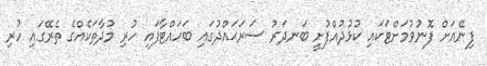
ފިނޭއަށް ފޮނުވުމަށްޓަކައި ކުޅުދުއްފުށީ ބަނދަރު ސަރަޙައްދުގައި ބަހައްޓާފައި ހުރި މުދާތަކެއްގެ ތެރޭގައި ހުރި